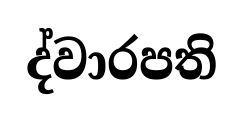
ද්වාරපති